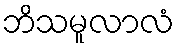
ဘိသမူလာလံ